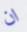
ان